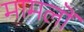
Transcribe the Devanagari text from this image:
मामलॊं